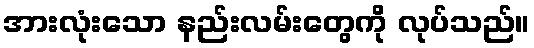
အားလုံးသော နည်းလမ်းတွေကို လုပ်သည်။